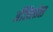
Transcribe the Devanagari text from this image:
अँजिलोस